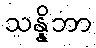
သန္နိဘာ